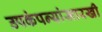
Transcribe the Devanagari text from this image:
उपकंपन्यांसारखी